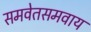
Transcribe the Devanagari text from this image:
समवेतसमवाय